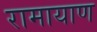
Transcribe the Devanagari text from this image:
रामायाण